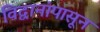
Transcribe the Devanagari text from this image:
विद्वानांपासून